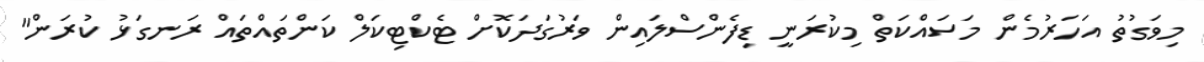
މިވަގުތު އަހަރުމެން މަސައްކަތް މިކުރަނީ ޑިފެންސްލައިން ވަރުގަދަކޮށް ޓެކްޓިކަލް ކަންތައްތައް ރަނގަޅު ކުރަން"